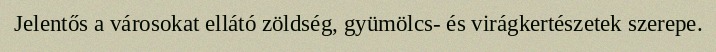
Jelentős a városokat ellátó zöldség, gyümölcs- és virágkertészetek szerepe.